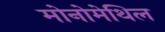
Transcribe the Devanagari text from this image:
मोनोमेथिल